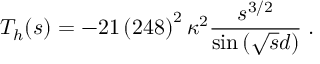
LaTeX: { \cal T } _ { h } ( s ) = - 2 1 \left( 2 4 8 \right) ^ { 2 } \kappa ^ { 2 } \frac { s ^ { 3 / 2 } } { \sin \left( \sqrt { s } d \right) } \; .